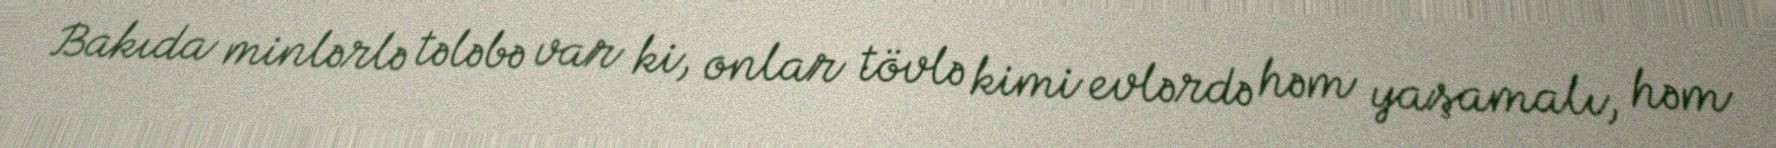
Bakıda minlərlə tələbə var ki, onlar tövlə kimi evlərdə həm yaşamalı, həm